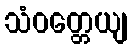
သံဝတ္တေယျ